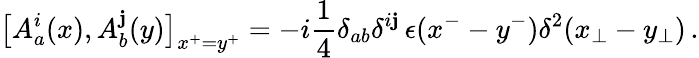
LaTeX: \bigl[A_{a}^{i}(x),A_{b}^{\mathbf{j}}(y)\bigr]_{x^{+}=y^{+}}=-i{\frac{{1}}{{4}}}\delta_{ab}\delta^{i\mathbf{j}}\, \epsilon(x^{-}-y^{-})\delta^{2}(x_{\bot}-y_{\bot})\, .